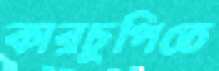
কারচুপিতে